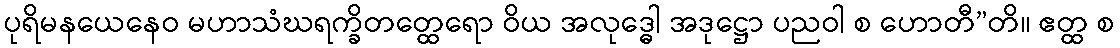
ပုရိမနယေနေဝ မဟာသံဃရက္ခိတတ္ထေရော ဝိယ အလုဒ္ဓေါ အဒုဋ္ဌော ပညဝါ စ ဟောတီ”တိ။ ဧတ္ထ စ